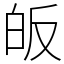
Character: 皈